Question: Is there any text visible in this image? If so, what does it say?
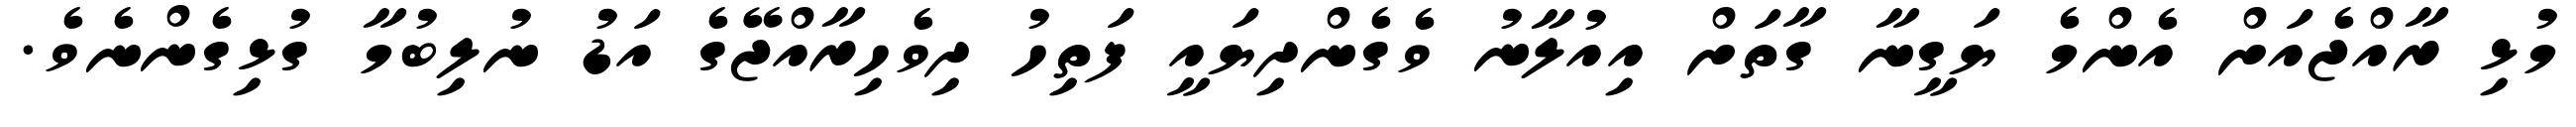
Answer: މުޅި ރާއްޖެއަށް އެންމެ ޔަގީނާ ގާތަށް އިއުލާނު ވެގެންދިޔައީ ފަތިހު ދިވެހިރާއްޖޭގެ އަޑު ނުލިބުމާ ގުޅިގެންނެވެ.